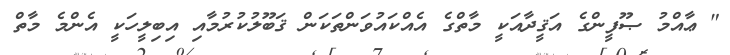
" ޢާއްމު ޞޫފީންގެ އަޤީދާއަކީ މާތްގެ އެއްކައުވަންތަކަން ޤަބޫލުކުރުމާއި އިބިލީހަކީ އެންމެ މާތް